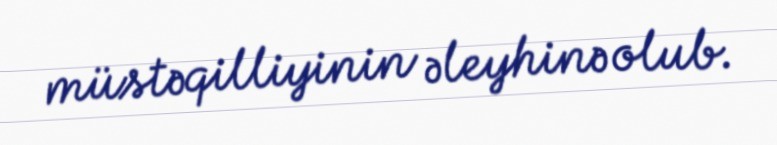
müstəqilliyinin əleyhinə olub.